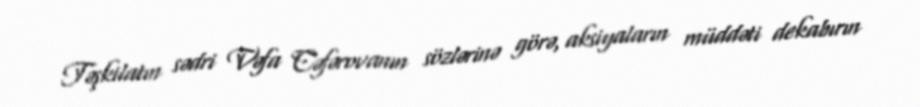
Təşkilatın sədri Vəfa Cəfərovanın sözlərinə görə, aksiyaların müddəti dekabırın